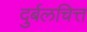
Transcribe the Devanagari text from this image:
दुर्बलचित्त